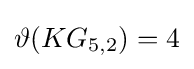
\vartheta (KG_{5,2})=4